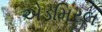
એડમિરલ